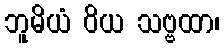
ဘူမိယံ ဝိယ သဗ္ဗထာ၊